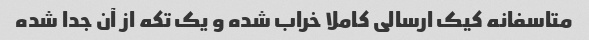
متاسفانه کیک ارسالی کاملا خراب شده و یک تکه از آن جدا شده